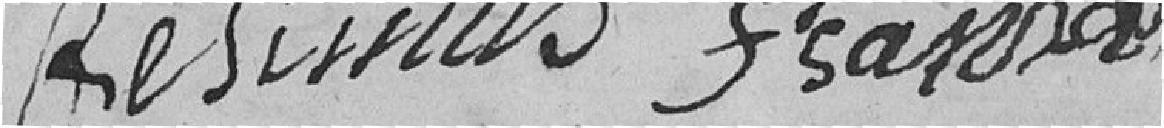
Bésinus  françois